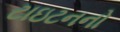
ટાઇટનનો